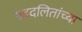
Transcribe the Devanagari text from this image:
पददलितांच्या